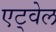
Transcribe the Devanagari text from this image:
एट्वेल